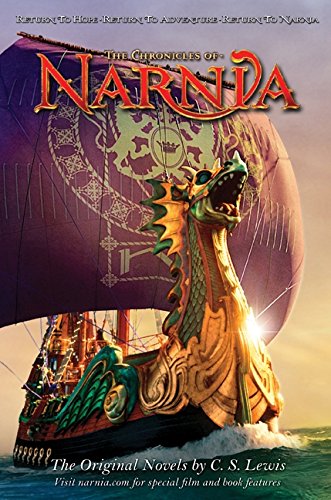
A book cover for The Chronicles of Narnia; C. S. Lewis; Science Fiction & Fantasy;